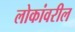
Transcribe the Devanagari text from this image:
लोकांवरील